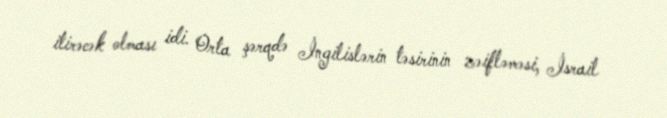
itirəcək olması idi. Orta şərqdə İngilislərin təsirinin zəifləməsi, İsrail